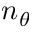
n _ { \theta }